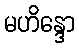
မဟိန္ဒော